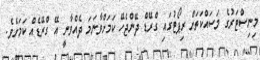
މިނިސްޓަރުގެ މަސައްކަތަށް ރިޕޯޓުގައި ގްރޭޑް ދޭންޖެހޭ ކަމަށްވާނަމަ ދެއްވާނީ އޭ ގްރޭޑެއް ކަމަށެވެ.